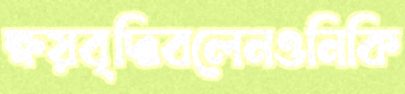
ক্ষয়বৃদ্ধিবলেনওনিকি